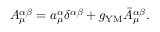
A _ { \mu } ^ { \alpha \beta } = a _ { \mu } ^ { \alpha } \delta ^ { \alpha \beta } + g _ { \mathrm { Y M } } \bar { A } _ { \mu } ^ { \alpha \beta } .